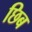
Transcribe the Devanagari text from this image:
छिब